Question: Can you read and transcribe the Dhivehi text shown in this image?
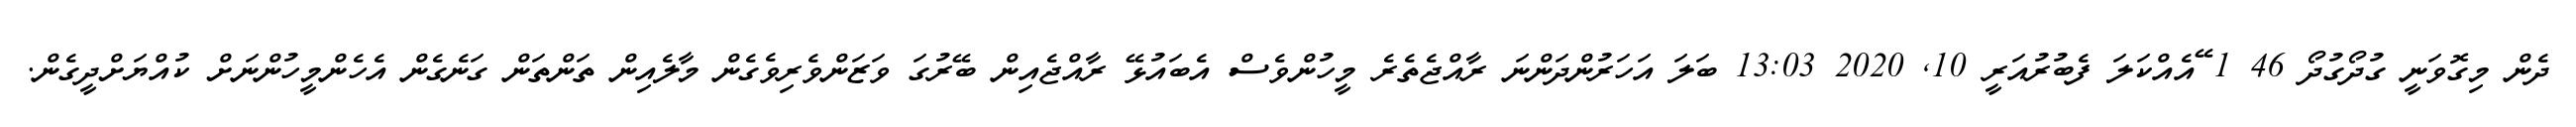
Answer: ދެން މިގޮވަނީ ގުދޯގުދޯ 46 1 ޭއެއްކަލަ ފެބުރުއަރީ 10, 2020 13:03 ބަލަ އަހަރުންދަންނަ ރާއްޖެތެރެ މީހުންވެސް އެބައުޅޭ ރާއްޖެއިން ބޭރުގަ ވަޒަންވެރިވެގެން މާލެއިން ތަންތަން ގަނެގެން އެހެންމީހުންނަށް ކުއްޔަށްދީގެން.